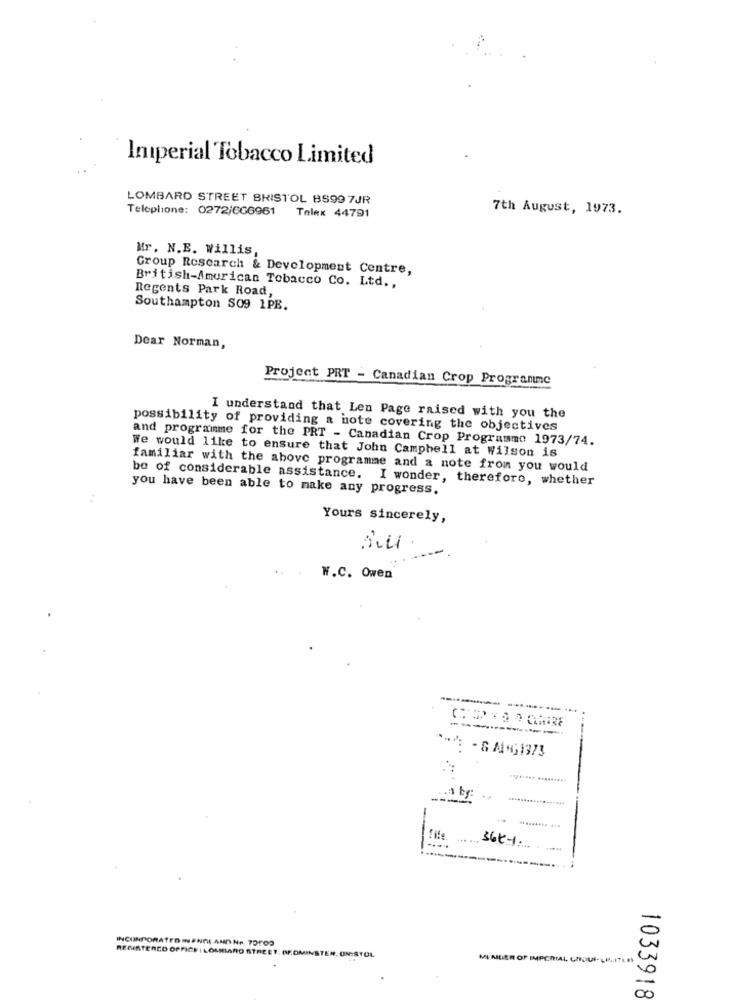
Iniperial Tobacco Limited
LOMBARD STREET BRISTOL BS99 7JR
Teleplione: 0272/666961
7th August, 1973.
Telex 44791
Mr. N.E. Willis,
Group Research & Development Centre,
British-American Tobacco Co. Ltd .,
Regents Park Road,
Southampton SO9 1PB.
Dear Norman,
Project PRT - Canadian Crop Programme
I understand that Len Page raised with you the
possibility of providing a note covering the objectives
and programme for the PRT - Canadian Crop Programme 1973/74.
We would like to ensure that John Campbell at Wilson is
familiar with the above programme and a note from you would
be of considerable assistance. I wonder, therefore, whether
you have been able to make any progress.
Yours sincerely,
W.C. Owen
----------
- & ANG1373
36k-1.
0
INCONPORATEDINENGLAND NA. 70100
REGISTERED OFFICE I LOMBARD STREET, GEDMINSTER, UNISTOL
MEMBER OF IMPERIAL CHOUF- LELITEN
00
1033918